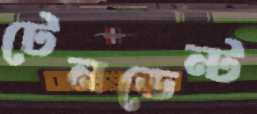
টেনডেন্ট